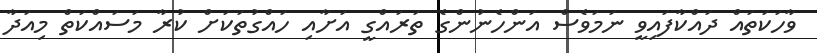
ވާހަކަތައް ދައްކާފައިވީ ނަމަވެސް އަންހެނުންގެ ތަރައްގީ އަށާއި ހައްގުތަކަށް ކުރާ މަސައްކަތް މިއަދާ